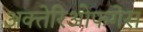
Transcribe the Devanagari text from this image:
अक्तेरिओफगेस